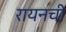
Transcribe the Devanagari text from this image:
रायनची